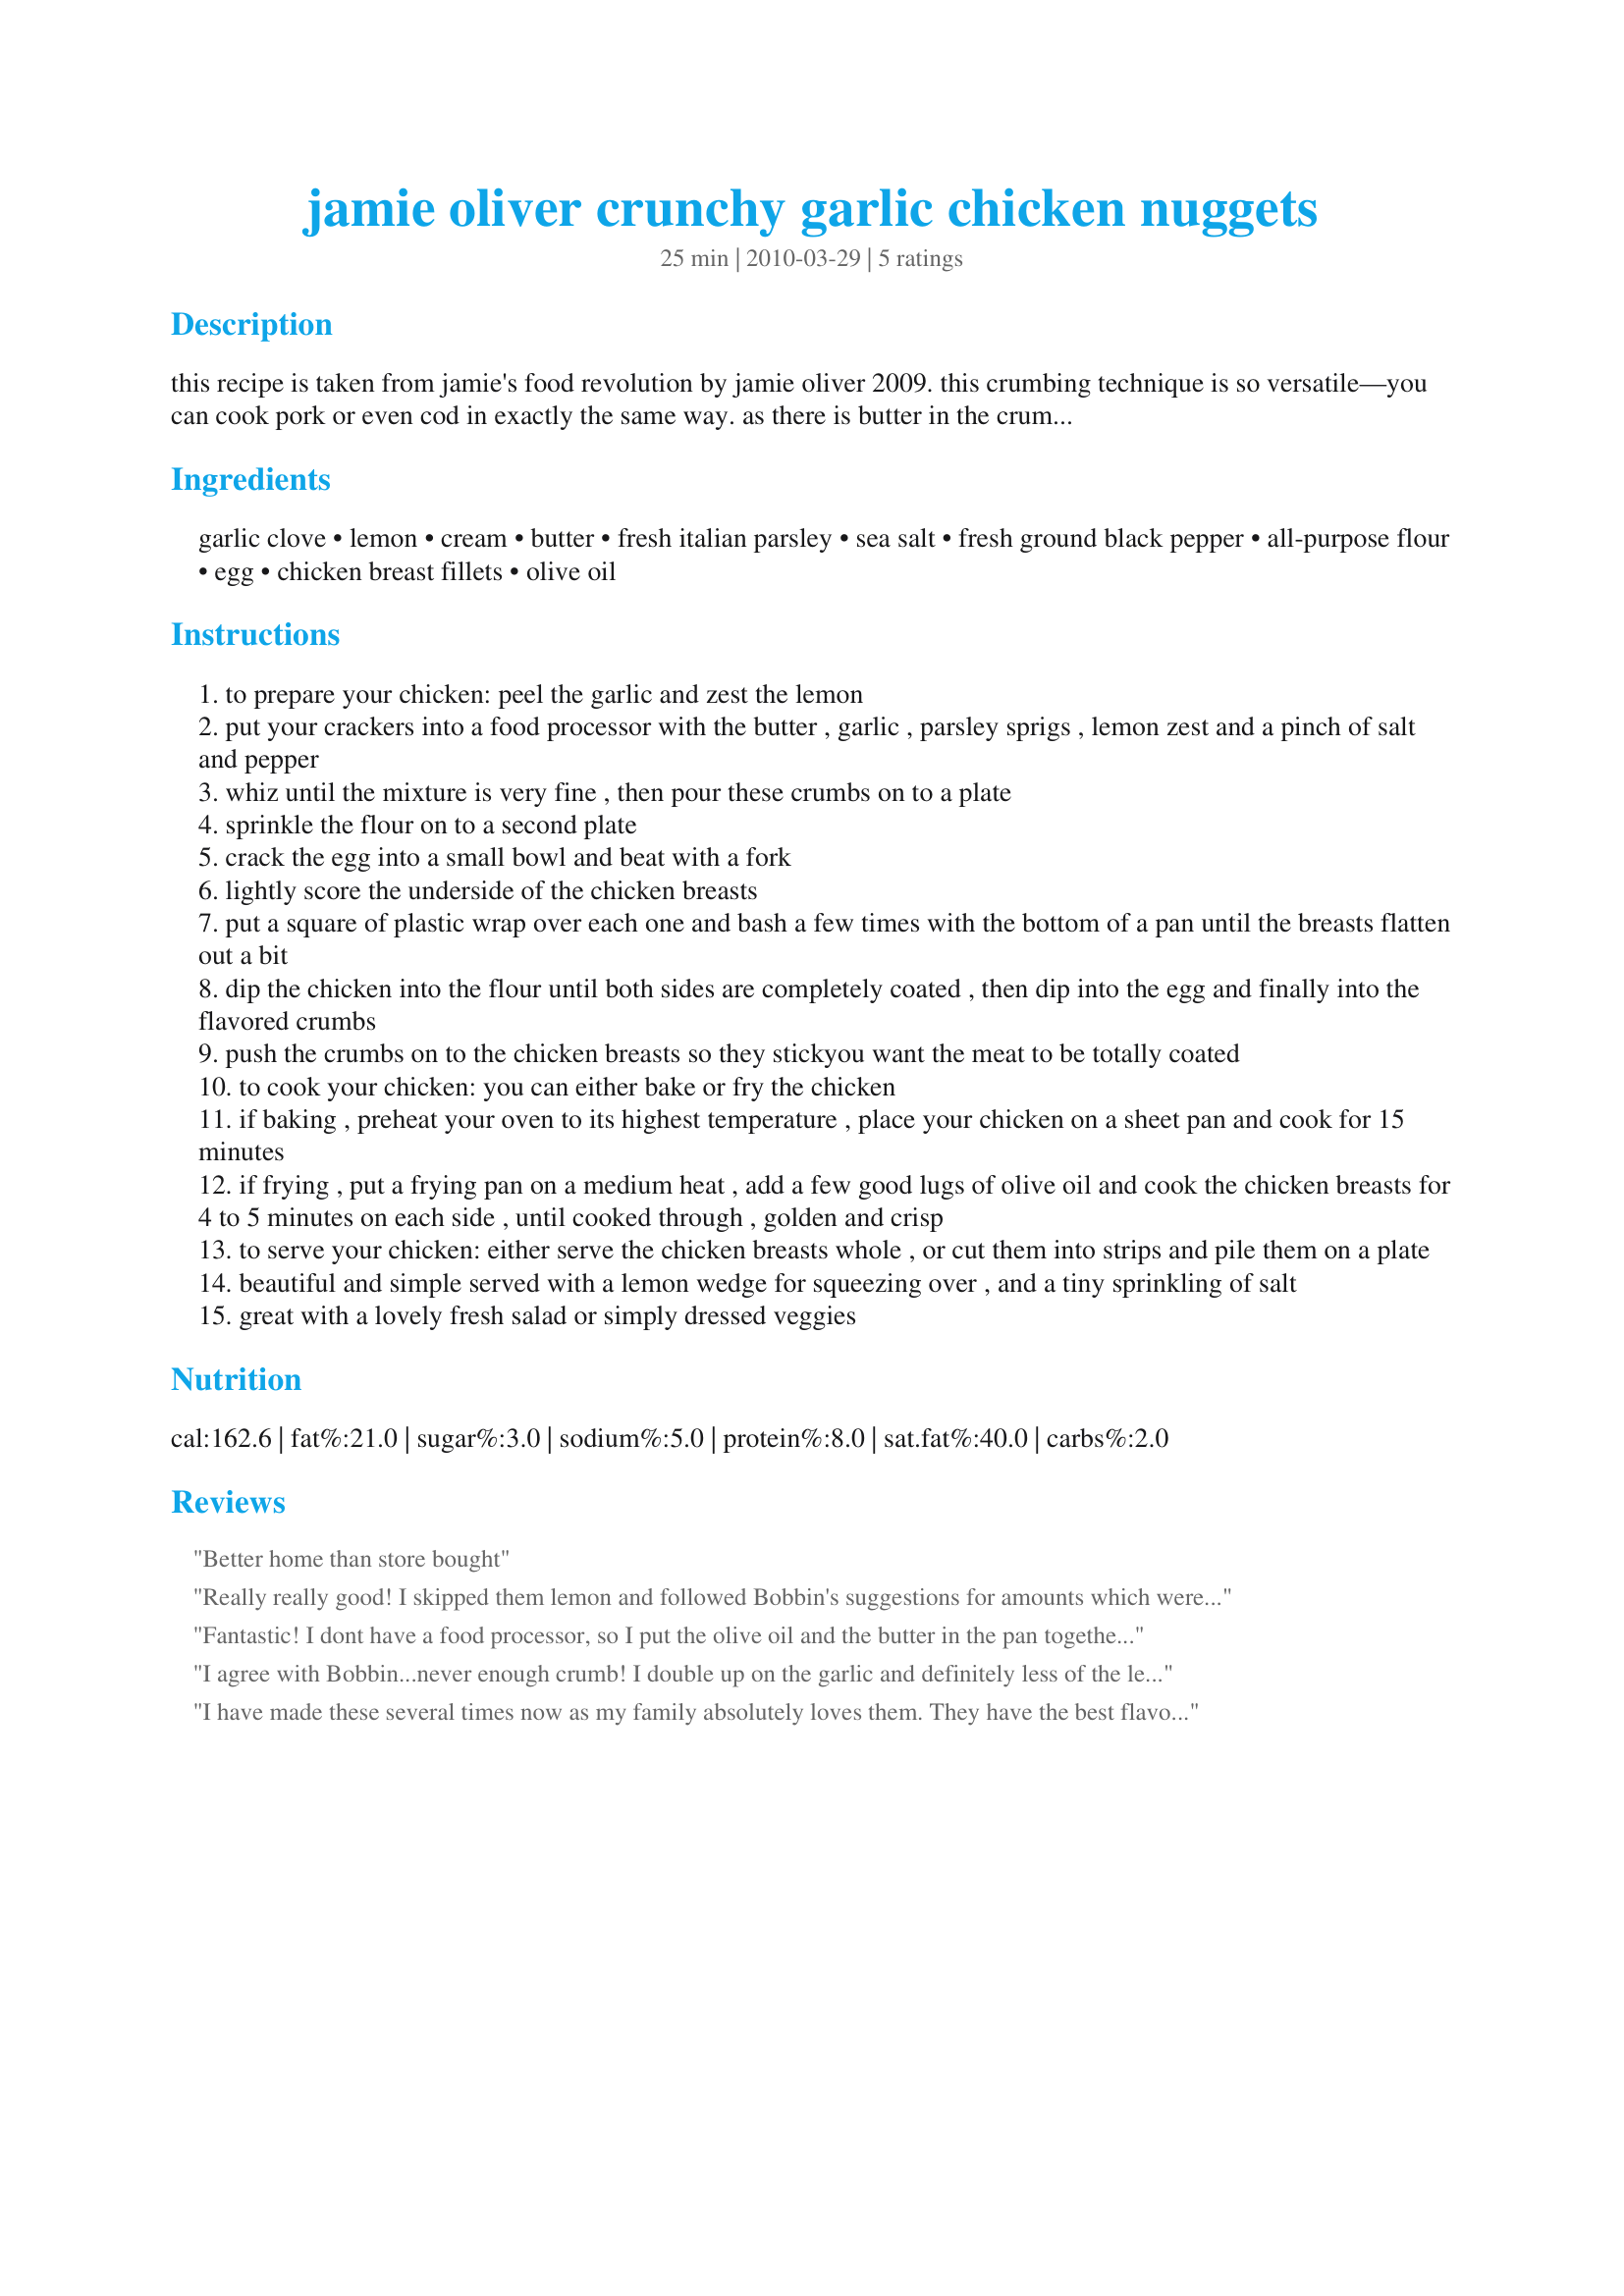
jamie oliver crunchy garlic chicken nuggets
Preparation time: 25 minutes

this recipe is taken from jamie's food revolution by jamie oliver 2009. this crumbing technique is so versatile—you can cook pork or even cod in exactly the same way. as there is butter in the crumb mixture, you can grill, fry, roast or bake the meat dry in the oven and it will go lovely and golden.

Ingredients:
garlic clove, lemon, cream, butter, fresh italian parsley, sea salt, fresh ground black pepper, all-purpose flour, egg, chicken breast fillets, olive oil

Steps:
to prepare your chicken: peel the garlic and zest the lemon
put your crackers into a food processor with the butter , garlic , parsley sprigs , lemon zest and a pinch of salt and pepper
whiz until the mixture is very fine , then pour these crumbs on to a plate
sprinkle the flour on to a second plate
crack the egg into a small bowl and beat with a fork
lightly score the underside of the chicken breasts
put a square of plastic wrap over each one and bash a few times with the bottom of a pan until the breasts flatten out a bit
dip the chicken into the flour until both sides are completely coated , then dip into the egg and finally into the flavored crumbs
push the crumbs on to the chicken breasts so they stickyou want the meat to be totally coated
to cook your chicken: you can either bake or fry the chicken
if baking , preheat your oven to its highest temperature , place your chicken on a sheet pan and cook for 15 minutes
if frying , put a frying pan on a medium heat , add a few good lugs of olive oil and cook the chicken breasts for 4 to 5 minutes on each side , until cooked through , golden and crisp
to serve your chicken: either serve the chicken breasts whole , or cut them into strips and pile them on a plate
beautiful and simple served with a lemon wedge for squeezing over , and a tiny sprinkling of salt
great with a lovely fresh salad or simply dressed veggies

Reviews:
Better home than store bought
Really really good! I skipped them lemon and followed Bobbin's suggestions for amounts which were spot on. I cut them into nugget pieces before breading and baked them and DH flipped them and broiled briefly to toast the bottoms. So good!
Fantastic! I dont have a food processor, so I put the olive oil and the butter in the pan together and cooked in that. Also added Lemon Pepper.
I agree with Bobbin...never enough crumb! <br/>I double up on the garlic and definitely less of the lemon zest but otherwise good stuff. Always use cream crackers - invented in Ireland...Jacob's the original and the best :)<br/><br/>My daughter age 5 had a friend over to play today and they made these from scratch for their lunch. They loved breaking the eggs and whizzing the mixture and the "production line" process of flour-egg-crumb.
I have made these several times now as my family absolutely loves them. They have the best flavor. Adding the butter and garlic to the crumbs makes a HUGE difference! The one complaint I have is that the measurements in this recipe have never been right for us; so here is what I do: I use 3-4 large chicken breasts, a whole sleeve of saltine crackers, 2-3 garlic cloves, 2 tbsp butter, 3 eggs, and about 1/4 c of flour. After making this 5 or 6 times that seems to be the right amounts. Last night was the first time I actually had enough crumbs to coat all my nugget pieces. I don't ever use the parsley, I usually don't flatten my chicken breasts out, and I always bake mine and they still come out golden and crispy. Every time I make these my kids ask if we can have them again the next night.
